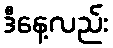
ဒီနေ့လည်း